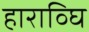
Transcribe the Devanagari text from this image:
हाराव्घि